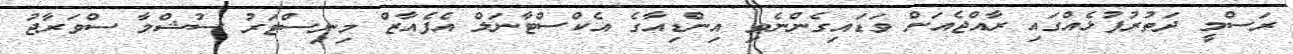
ރަސްމީ ދަތުރުފުޅެއްގައި ރާއްޖެއަށް ވަޑައިގެންނެވި އިންޑިއާގެ އެކްސްޓާނަލް އެފެއާޒް މިނިސްޓަރު ސުޝްމާ ސްވަރާޖު